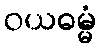
ဝယဓမ္မံ